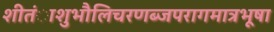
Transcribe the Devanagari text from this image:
शीतंाशुभौलिचरणब्जपरागमात्रभूषा